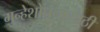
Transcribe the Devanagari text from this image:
गुन्हेशोधनासाठी